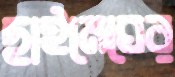
ছাইমেঘের